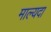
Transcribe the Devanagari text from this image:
माल्यदा